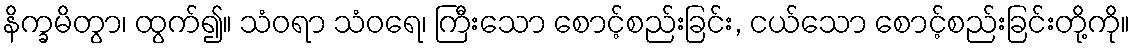
နိက္ခမိတွာ၊ ထွက်၍။ သံဝရာ သံဝရေ၊ ကြီးသော စောင့်စည်းခြင်း, ငယ်သော စောင့်စည်းခြင်းတို့ကို။